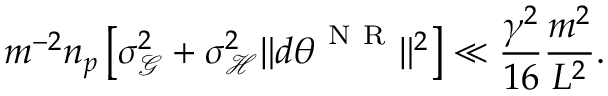
m ^ { - 2 } n _ { p } \left[ \sigma _ { \mathcal { G } } ^ { 2 } + \sigma _ { \mathcal { H } } ^ { 2 } \lVert d { \boldsymbol { \theta } } ^ { \mathrm { ~ N ~ R ~ } } \rVert ^ { 2 } \right] \ll \frac { \gamma ^ { 2 } } { 1 6 } \frac { m ^ { 2 } } { L ^ { 2 } } .